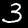
Digit: 3